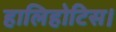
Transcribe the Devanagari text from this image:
हालिहोटिस।